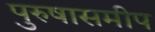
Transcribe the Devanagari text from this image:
पुरुषासमीप